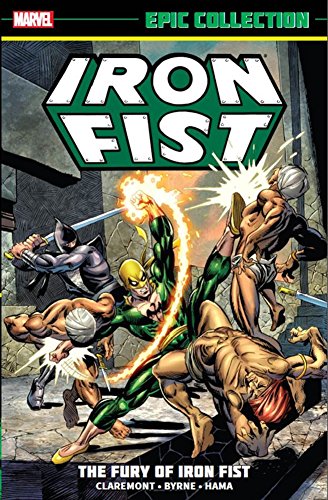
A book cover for Iron Fist Epic Collection: The Fury of Iron Fist; Chris Claremont; Comics & Graphic Novels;